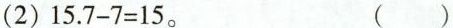
(2)$$1 5 . 7 - 7 = 1 5$$。 ( )